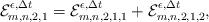
LaTeX: \begin{align*}\mathcal{E}_{m,n,2,1}^{\epsilon,\Delta t}=\mathcal{E}_{m,n,2,1,1}^{\epsilon,\Delta t}+\mathcal{E}_{m,n,2,1,2}^{\epsilon,\Delta t},\end{align*}